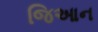
જિઆન